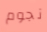
نجوم